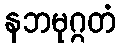
နဘမုဂ္ဂတံ